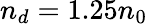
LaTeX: n_{d}=1.25n_{0}